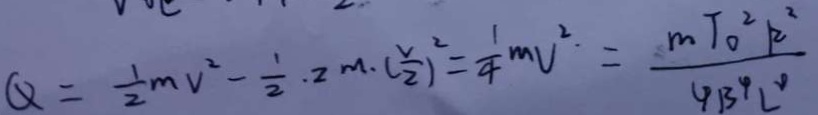
Q = \frac { 1 } { 2 } m v ^ { 2 } - \frac { 1 } { 2 } \cdot 2 m \cdot ( \frac { V } { 2 } ) ^ { 2 } = \frac { 1 } { 4 } m v ^ { 2 } = \frac { m T _ { o } ^ { 2 } R ^ { 2 } } { 4 B ^ { 4 } L ^ { 4 } }